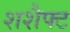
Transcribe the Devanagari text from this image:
शशैफ्ट